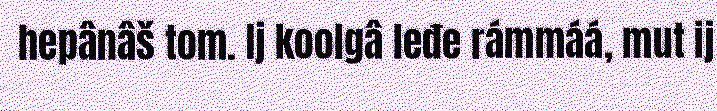
hepânâš tom. Ij koolgâ leđe rámmáá, mut ij